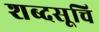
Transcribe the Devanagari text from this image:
शब्दसूचि